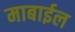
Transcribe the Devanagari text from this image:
माबाईल